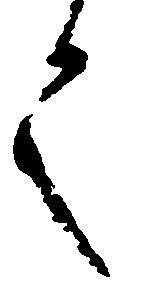
言